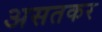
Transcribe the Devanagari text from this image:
असतकर